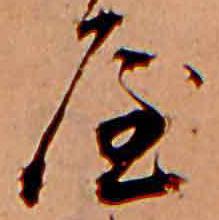
屋